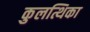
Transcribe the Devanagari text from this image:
कुलत्थिका